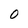
Character: O